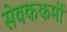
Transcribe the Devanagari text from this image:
सेवककर्मी